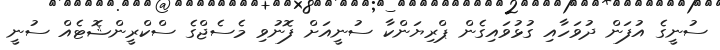
ސުނީގެ އުފަން ދުވަހާއި ގުޅުވައިގެން ޕްރިޔަންކާ ސުނީއަށް ފޮނުވި މެސެޖްގެ ސްކްރީންޝޮޓެއް ސުނީ